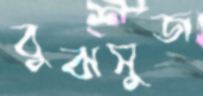
বুঝসুজ